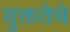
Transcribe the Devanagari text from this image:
युक्ततेचे